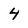
Character: 4